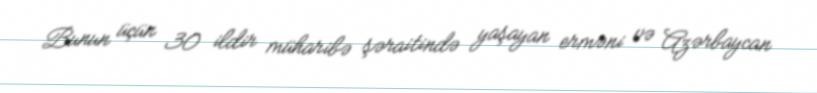
Bunun üçün 30 ildir müharibə şəraitində yaşayan erməni və Azərbaycan